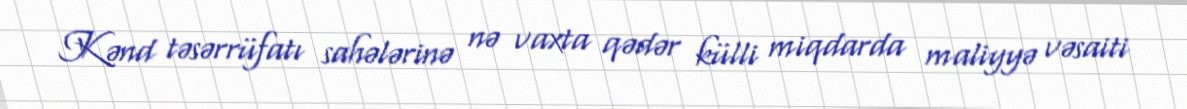
Kənd təsərrüfatı sahələrinə nə vaxta qədər külli miqdarda maliyyə vəsaiti